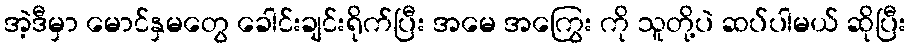
အဲ့ဒီမှာ မောင်နှမတွေ ခေါင်းချင်းရိုက်ပြီး အမေ အကြွေး ကို သူတို့ပဲ ဆပ်ပါမယ် ဆိုပြီး